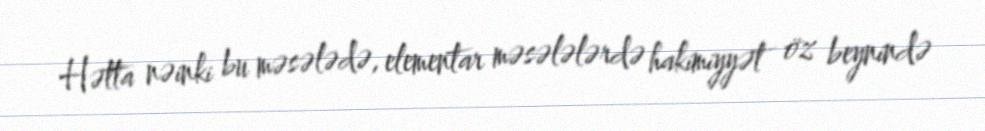
Hətta nəinki bu məsələdə, elementar məsələlərdə hakimiyyət öz beynində